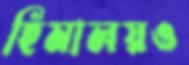
হিমালয়ও